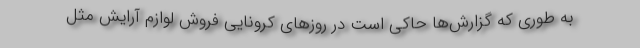
به طوری که گزارش‌ها حاکی است ‌در روزهای کرونایی فروش لوازم آرایش مثل